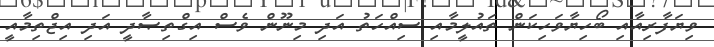
ވިޔަފާރިއާއި ބޯހިޔާވަހިކަން ތައުލީމާއި ސިއްހަތު އަދި މިނޫން ވެސް އިގްތިޞާދީ އަދި އިޖްތިމާއީ